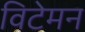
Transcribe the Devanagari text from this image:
विटेमन